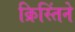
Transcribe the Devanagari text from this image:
क्रिस्तिंने